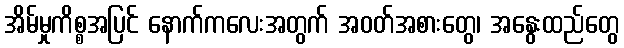
အိမ်မှုကိစ္စအပြင် နောက်ကလေးအတွက် အဝတ်အစားတွေ၊ အနွေးထည်တွေ